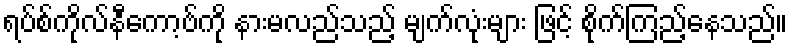
ရပ်စ်ကိုလ်နီကော့ဗ်ကို နားမလည်သည့် မျက်လုံးများ ဖြင့် စိုက်ကြည့်နေသည်။